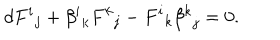
LaTeX: d { F ^ { i } } _ { j } + { \beta ^ { i } } _ { k } { F ^ { k } } _ { j } - { F ^ { i } } _ { k } { \beta ^ { k } } _ { j } = 0 .